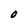
Character: O